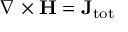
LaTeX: \nabla \times \mathbf { H } = \mathbf { J } _ { \mathrm { { t o t } } }